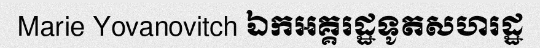
Marie Yovanovitch ឯកអគ្គរដ្ឋទូតសហរដ្ឋ